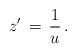
LaTeX: \begin{align*}z^\prime \,=\, {1\over u }\,.\end{align*}